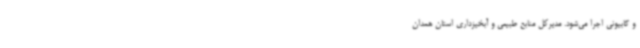
و گابیونی اجرا می‌شود. مدیرکل منابع طبیعی و آبخیزداری استان همدان